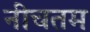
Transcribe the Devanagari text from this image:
नीचतम